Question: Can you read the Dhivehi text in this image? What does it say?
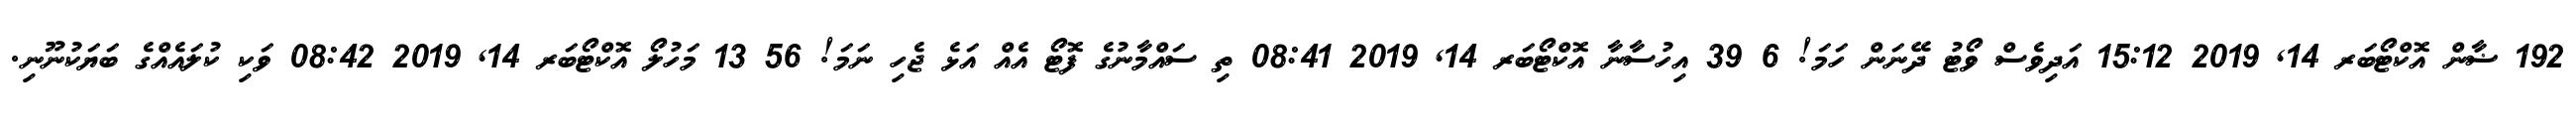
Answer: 192 ޟާން އޮކްޓޯބަރ 14, 2019 15:12 އަދިވެސް ވޯޓު ދޭނަން ހަމަ! 6 39 އިހުސާނާ އޮކްޓޯބަރ 14, 2019 08:41 ތި ސައްމާނުގެ ފޮޓޯ އެއް އަޅެ ޖެހި ނަމަ! 56 13 މަހުލޯ އޮކްޓޯބަރ 14, 2019 08:42 ވަކި ކުލައެއްގެ ބަޔަކުނޫނި.